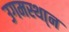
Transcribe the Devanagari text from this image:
उगमस्था्न